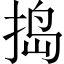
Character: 捣